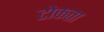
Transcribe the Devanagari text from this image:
टोकता